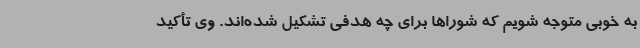
به خوبی متوجه شویم که شوراها برای چه هدفی تشکیل شده‌اند. وی تأکید